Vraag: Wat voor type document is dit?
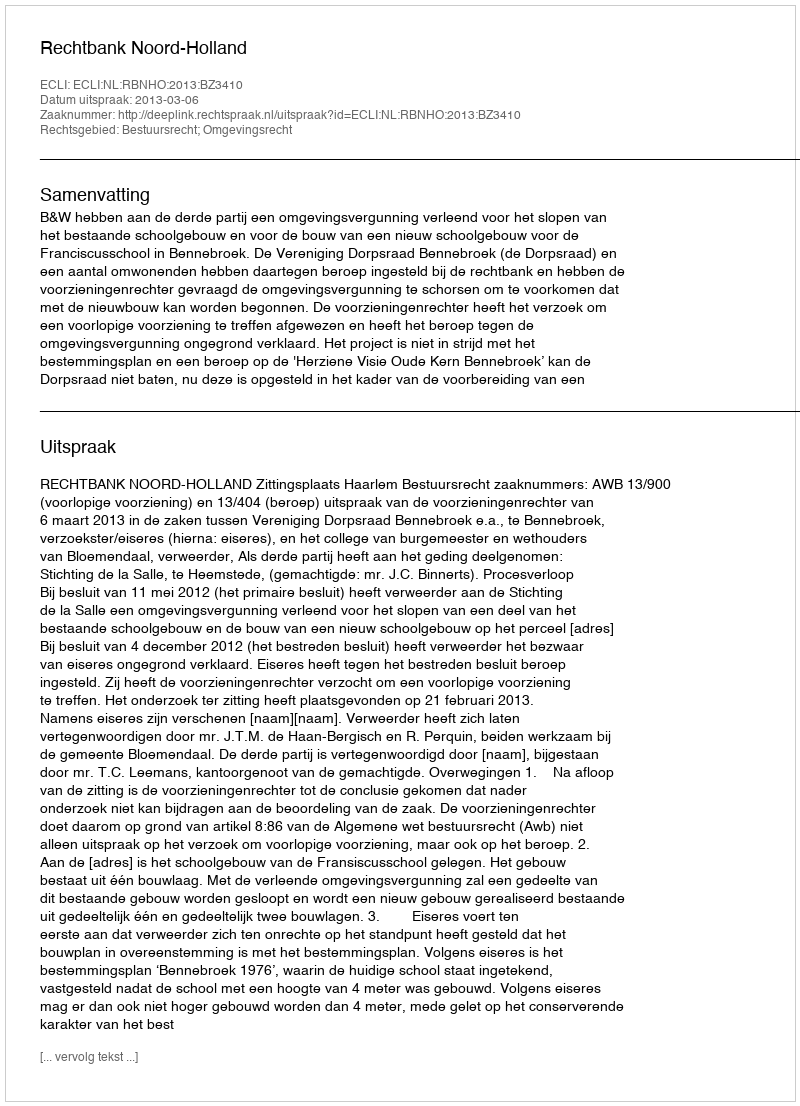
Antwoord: Uitspraak